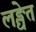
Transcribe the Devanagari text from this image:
लङ्घेत